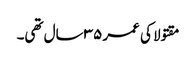
مقتولا کی عمر ٣٥ سال تھی۔